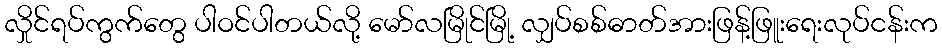
လှိုင်ရပ်ကွက်တွေ ပါဝင်ပါတယ်လို့ မော်လမြိုင်မြို့ လျှပ်စစ်ဓာတ်အားဖြန့်ဖြူးရေးလုပ်ငန်းက